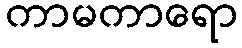
ကာမကာရော